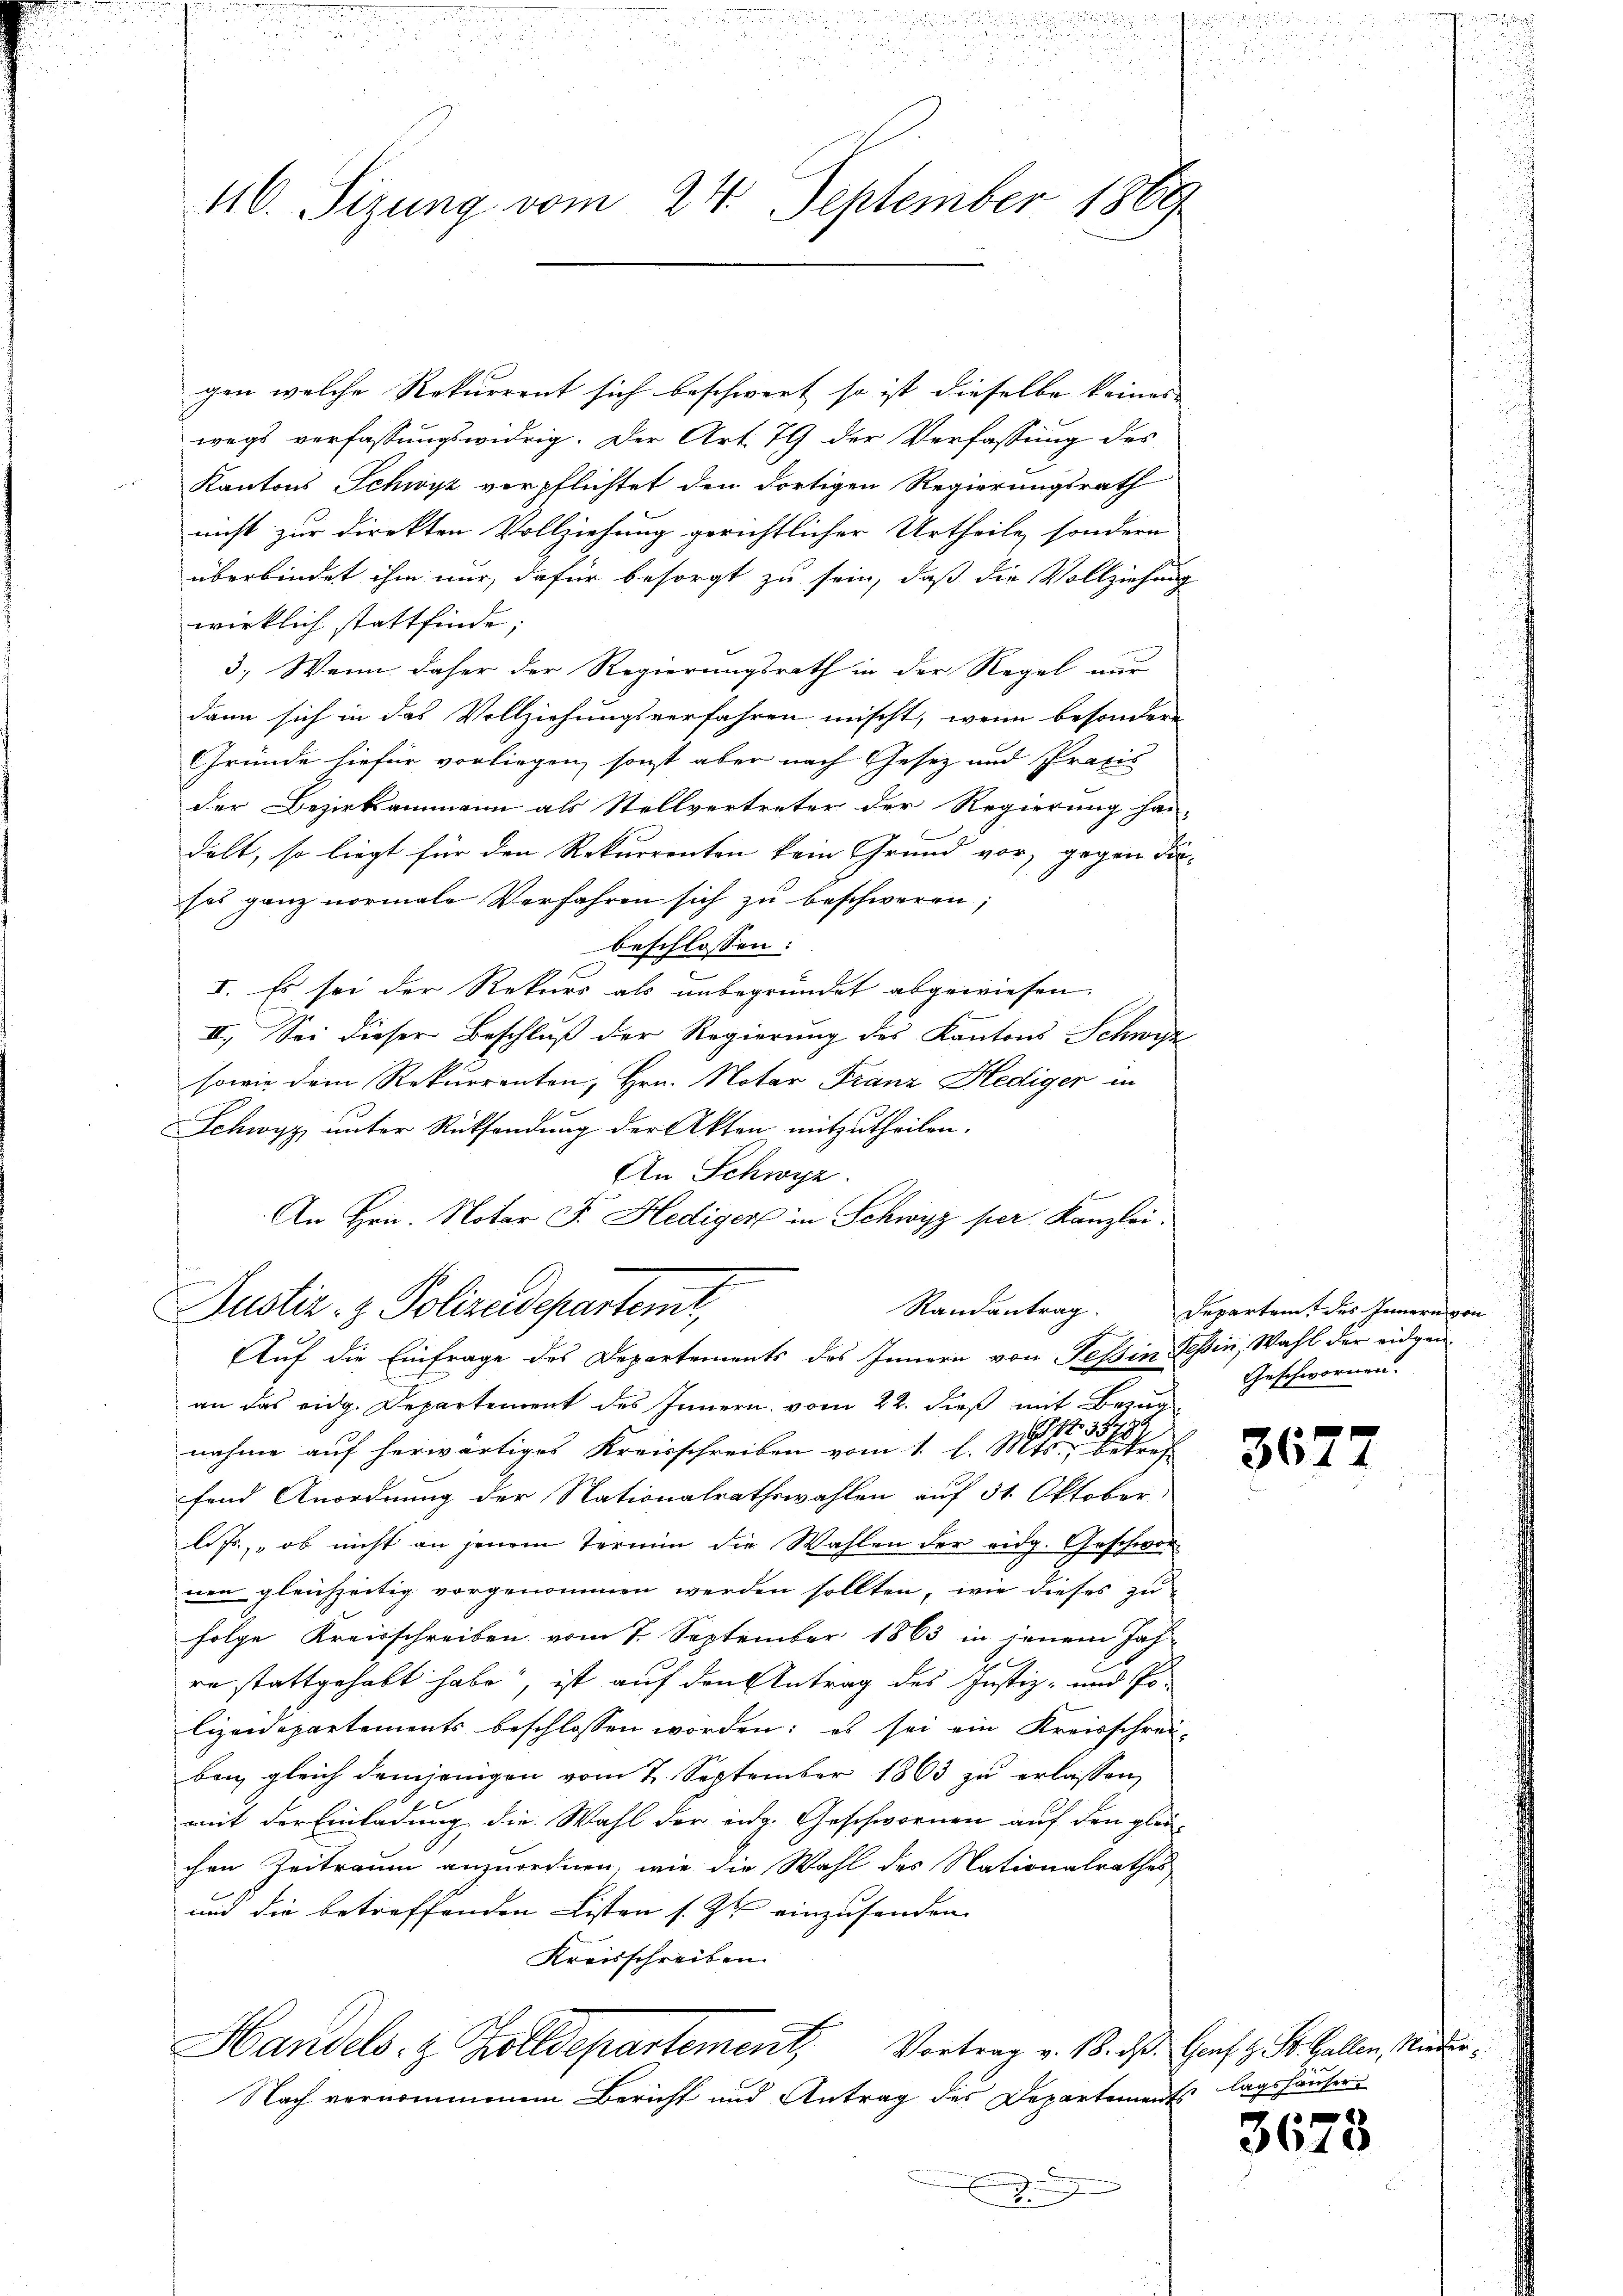
u
416. Sizung vom 24. September 1869

gen welche Rekurrent sich beschwert so ist dieselbe keines
wegs verfassungswidrig. Der Art. 79 der Verfassung des
Kantons Schwyz verpflichtet den dortigen Regierungsrath
nicht zur Direkten Vollziehung gerichtlicher Urtheile, sondern
überbindet ihm nur dafür besorgt zu sein, daß die Vollziehung
wirklich stattfinde;
3.) Wenn daher der Regierungsrath in der Regel nur
dann sich in das Vollziehungsverfahren mischt, wenn besondere
Gründe hiefür vorliegen, sonst aber nach Gesez und Praxis
der Bezirksammann als Stellvertreter der Regierung han-
dolt, so liegt für den Rekurrenten kein Grund vor, gegen diesei ganz normale Verfahren sich zu beschweren;
beschlossen:
I. Es sei der Rekurs als unbegründet abgewiesen,
II. Sei dieser Beschluß der Regierung des Kantons Schwyz
sowie dem Rekurrenten, Hrn. Notar Franz Hediger in
Schwyz unter Rücksendung der Akten mitzutheilen.
An Schwyz.
An Hrn. Notar F. Hediger in Schwyz per Kanzlei.
Randantrag
Justiz- & Polizeidepartemt,
Auf die Einfrage des Departements des Innern von Tessin Tessin, Wahl der eidgenan das eidg. Departement des Innern vom 22. dieß mit Bezug
 4t. 3799
nahme auf herwärtiges Kreisschreiben vom 1. l. Mts., betref
fend Anordnung der Nationalrathswahlen auf 31. Oktober
lits, ob nicht an jenem Termin die Wahlen der eidg. Geschwor
nen gleichzeitig vorgenommen werden sollten, wie dieses zu-
folge Kreisschreiben vom 7. September 1863 in jenem Jahre stattgehabt habe, ist auf den Antrag des Justiz- und Polizeidepartements beschlossen worden; es sei ein Kreisschrei-
ban gleich demjenigen vom 2. September 1863 zu erlassen,
mit der Einladung die Wahl der eidg. Geschwornen auf den glei-
chen Zeitraum anzuordnen, wie die Wahl des Nationalrathes
und die betreffenden Listen s. Z. einzusenden
Kreisschreiben.
Handels- & Zolldepartement, Vortrag v. 18. ds. Hanf z. St. Gallen, Minde¬
Nach vernommenen Bericht und Antrag des Departements

Departem des Innern von
Geschwornen.

3677

lagshäuser

3675